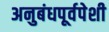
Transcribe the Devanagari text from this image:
अनुबंधपूर्वपेशी